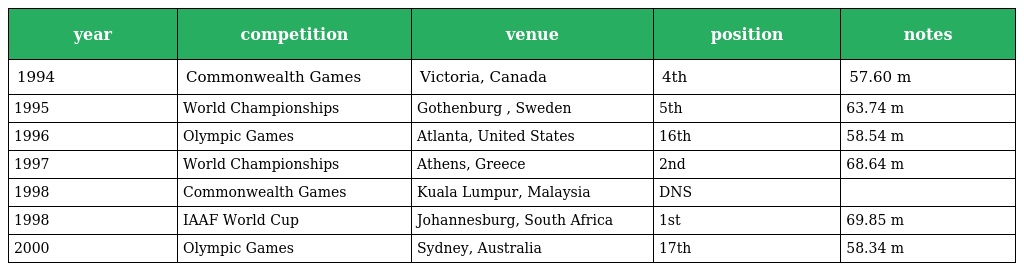
| year | competition | venue | position | notes |
 | --- | --- | --- | --- | --- |
 | 1994 | Commonwealth Games | Victoria, Canada | 4th | 57.60 m |
 | 1995 | World Championships | Gothenburg , Sweden | 5th | 63.74 m |
 | 1996 | Olympic Games | Atlanta, United States | 16th | 58.54 m |
 | 1997 | World Championships | Athens, Greece | 2nd | 68.64 m |
 | 1998 | Commonwealth Games | Kuala Lumpur, Malaysia | DNS |  |
 | 1998 | IAAF World Cup | Johannesburg, South Africa | 1st | 69.85 m |
 | 2000 | Olympic Games | Sydney, Australia | 17th | 58.34 m |